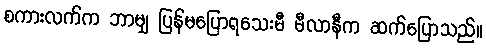
စကားလက်က ဘာမျှ ပြန်မပြောရသေးမီ မီလာနီက ဆက်ပြောသည်။